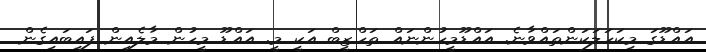
އައްޑޫގަ މިކަހަލަކަންތައްވާނެ. އައްޑޫމީހުންނައް ތަހްޒީބް އަކީ މީ. އައްޑޫ މީހުން މާލެއިން ފައިބައިގެން